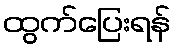
ထွက်ပြေးရန်